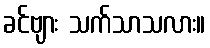
ခင်ဗျား သက်သာသလား။